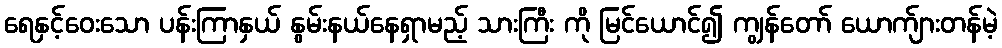
ရေနှင့်ဝေးသော ပန်းကြာနှယ် နွမ်းနယ်နေရှာမည့် သားကြီး ကို မြင်ယောင်၍ ကျွန်တော် ယောက်ျားတန်မဲ့